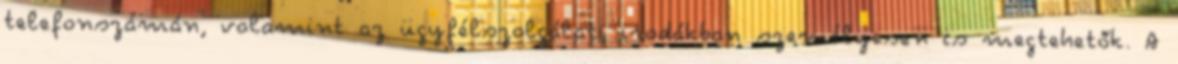
telefonszámán, valamint az ügyfélszolgálati irodákban személyesen is megtehetők. A